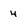
Character: 4